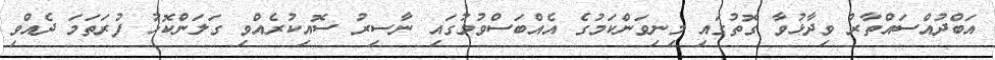
އަބްދުއްސައްތާރު ވިދާޅުވާ ގޮތުގައި މިނިވަންކަމުގެ އެއްބަސްވުމުގައި ނާސިރު ސޮއިކުރެއްވި ގަލަންކޮޅު ފުރަތަމަ ދެއްވި